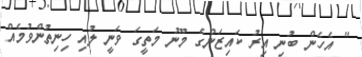
" އެހެން ބުނި އިރު ކައިޒަންގެ މޫނު މަތީގަ ވަނީ ލުއި ހިނިތުންވުމެއް